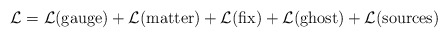
\begin{align*}{\cal L}={\cal L}(\mbox{gauge})+ {\cal L}(\mbox{matter}) + {\cal L}(\mbox{fix})+ {\cal L}(\mbox{ghost}) + {\cal L}(\mbox{sources})\end{align*}